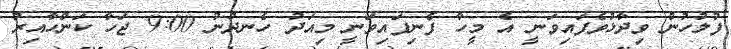
ފުލުހުން ވިދާޅުވެފައިވަނީ އެ މީހާ ފެނިފައިވަނީ މިއަދު ހެނދުނު 9:00 ޖަހާ ކަންހާއިރު